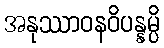
အနုဿာဝနဝိပန္နမ္ပိ